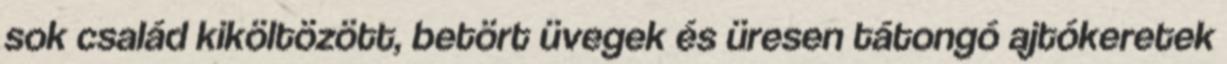
sok család kiköltözött, betört üvegek és üresen tátongó ajtókeretek